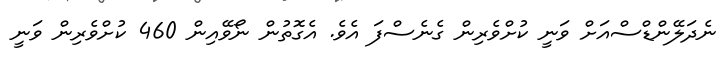
ނެދަލޭންޑްސްއަށް ވަނީ ކުށްވެރިން ގެނެސްފަ އެވެ. އެގޮތުން ނޯވޭއިން 460 ކުށްވެރިން ވަނީ